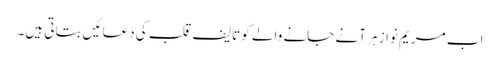
اب مریم نواز ہر آنے جانے والے کو تالیف قلب کی دعائیں بتاتی ہیں۔